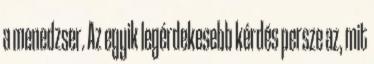
a menedzser. Az egyik legérdekesebb kérdés persze az, mit